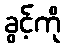
ခွင့်ကို